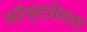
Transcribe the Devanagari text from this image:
सॉफ्टवेरला